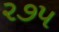
૨૭પ